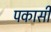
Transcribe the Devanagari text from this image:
पकासी